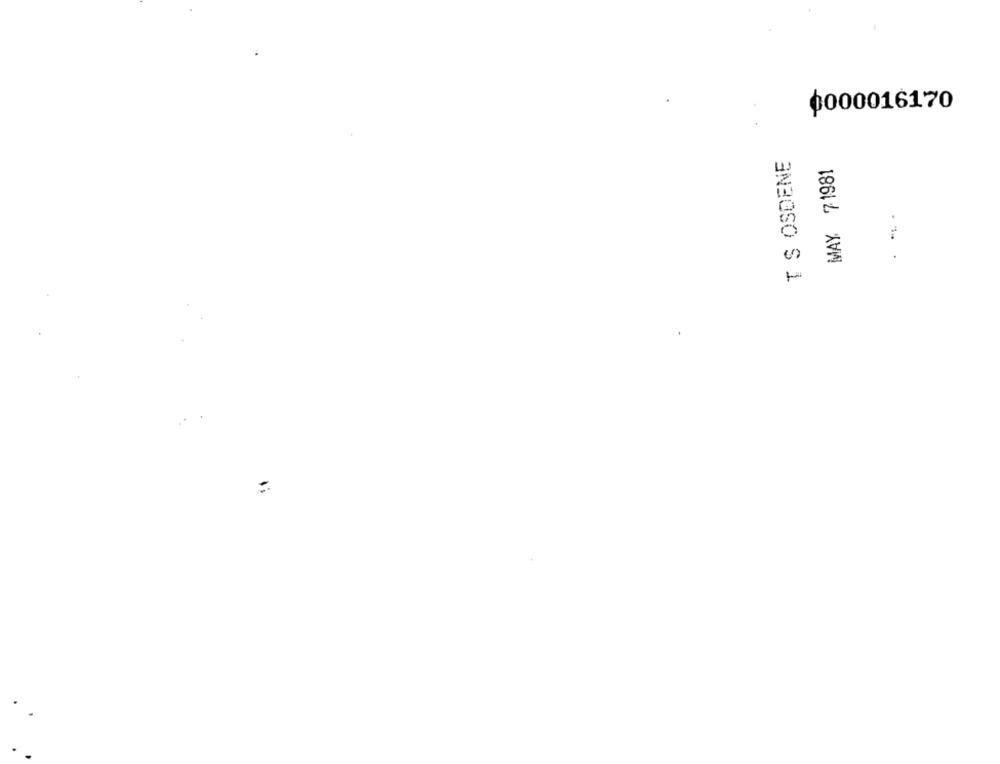
0000016170
TS OSDENE
MAY 71981
... .